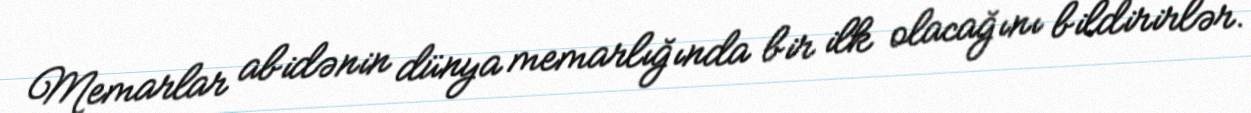
Memarlar abidənin dünya memarlığında bir ilk olacağını bildirirlər.